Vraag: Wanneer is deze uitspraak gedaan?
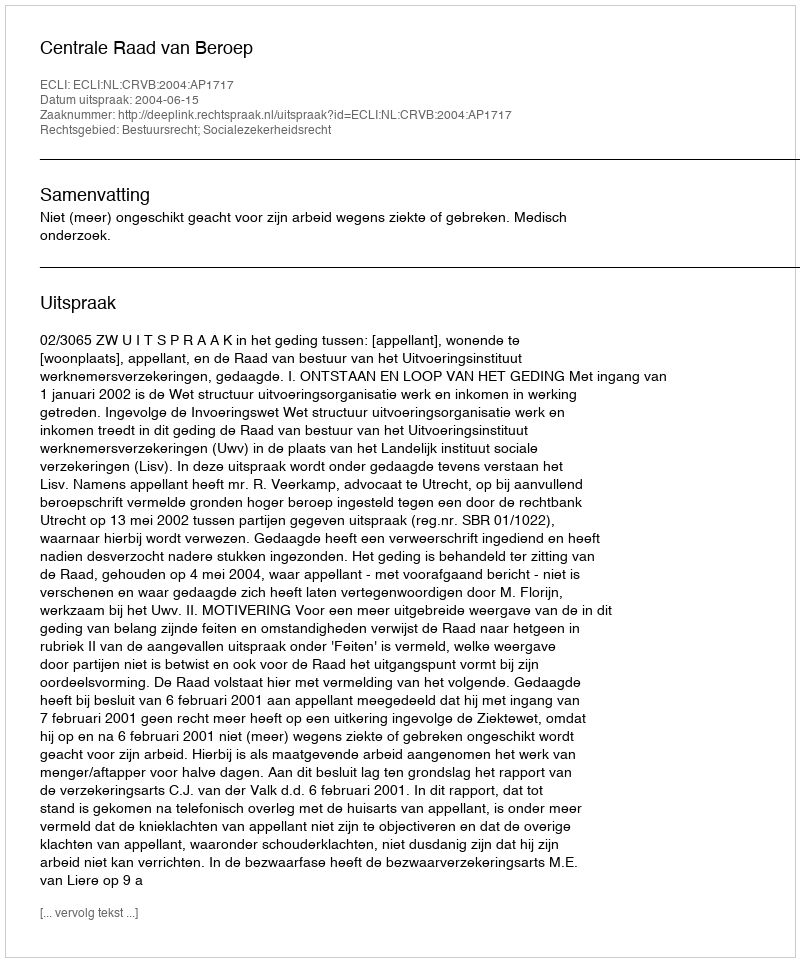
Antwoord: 2004-06-15